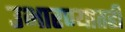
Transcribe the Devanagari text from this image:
उभारण्यातही